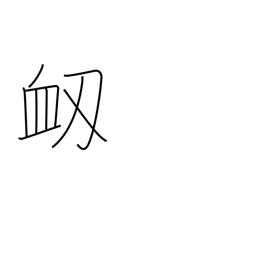
Meaning: nosebleed